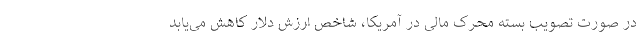
در صورت تصویب بسته محرک مالی در آمریکا، شاخص ارزش دلار کاهش می‌یابد